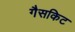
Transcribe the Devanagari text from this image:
गैसकिट